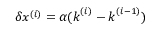
\delta \boldsymbol { x } ^ { ( i ) } = \alpha ( \boldsymbol { k } ^ { ( i ) } - \boldsymbol { k } ^ { ( i - 1 ) } )